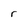
Character: r